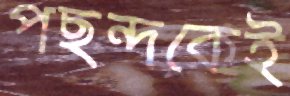
পছন্দকেই